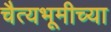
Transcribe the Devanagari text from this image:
चैत्यभूमीच्या